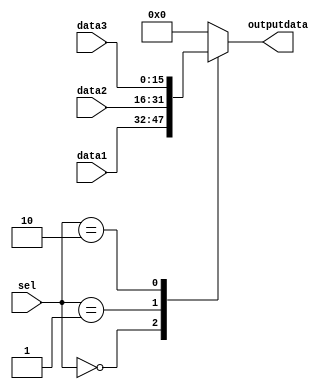
module three_1_mux(
	data1,
	data2,
	data3,
	sel,
	outputdata);
	
input [15:0] data1;
input [15:0] data2;
input [15:0] data3;
input [1:0] sel;
output [15:0] outputdata;
reg [15:0] outputdata;

parameter first = 2'b00;
parameter second = 2'b01;
parameter third = 2'b10;

always@(sel or data1 or data2 or data3)
begin
case(sel)
	first:	
		begin
		outputdata=data1;
		end
	second:
		begin
		outputdata=data2;
		end
	third:
		begin
		outputdata=data3;
		end
	default:
		begin
		outputdata=16'd0;
		end
endcase
end

endmodule